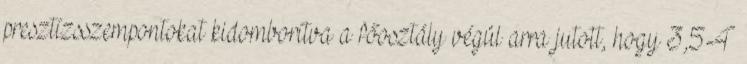
presztízsszempontokat kidomborítva a főosztály végül arra jutott, hogy 3,5-4